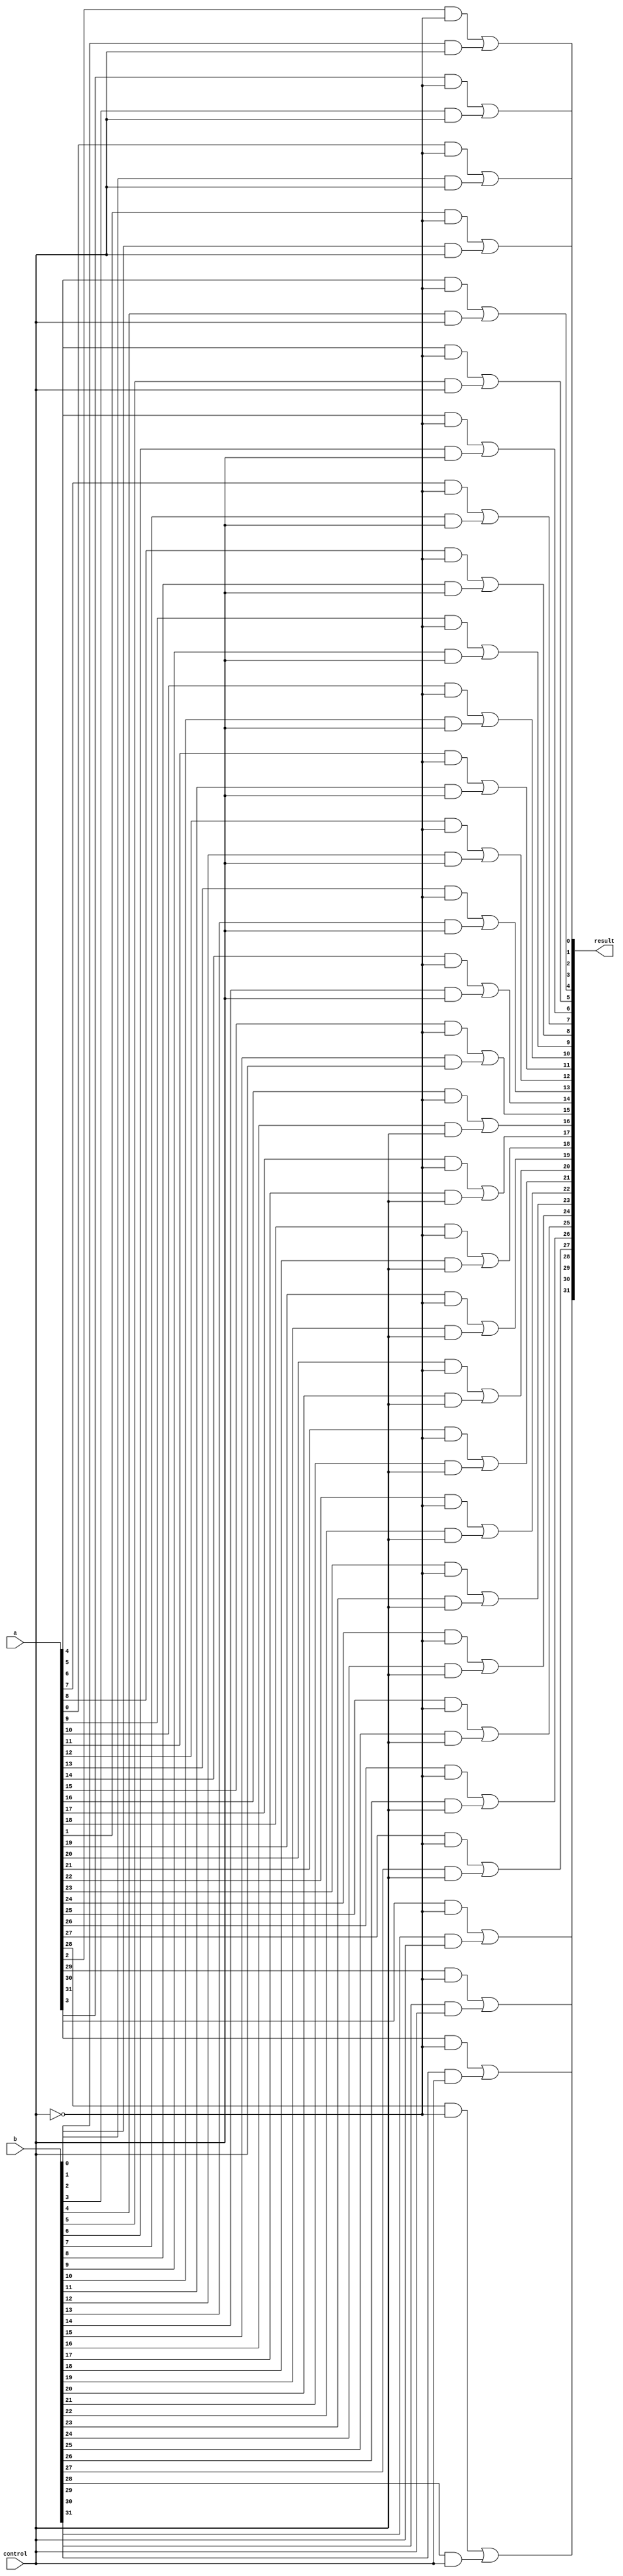
module mux2x1_32bits(input [31:0] a, input [31:0] b, input control, output [31:0] result);
	// intermediate wires
	wire [31:0] and1, and2;

	// generation variable to prevent repetition
	genvar i;
	// for loop for and1
	generate 
		for (i=0; i<32; i = i+1) begin : myandgate1
			and andgate(and1[i], a[i], ~control);
		end
	endgenerate

	// for loop for and2
	generate 
		for (i=0; i<32; i = i+1) begin : myandgate2
			and andgate(and2[i], b[i], control);
		end
	endgenerate

	// for loop for or'ing and results to get result variable
	generate 
		for (i=0; i<32; i = i+1) begin : mygate
			or orgate(result[i], and1[i], and2[i]);
		end
	endgenerate

	// NOTE: FOR LOOP IN GENERATE IS NOT BEHVARIORAL. IT JUST TO PREVENT REPETITION.
	
	
endmodule